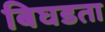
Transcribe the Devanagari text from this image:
बिघडता